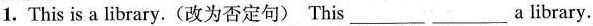
1. This is a library. (改为否定句) This ___ ___ a library.